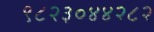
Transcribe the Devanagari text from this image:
९८२३०४४२८२